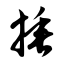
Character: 捶